Vaccination in the Punjab 1905-1918 - 1905-1918
Year: 1905
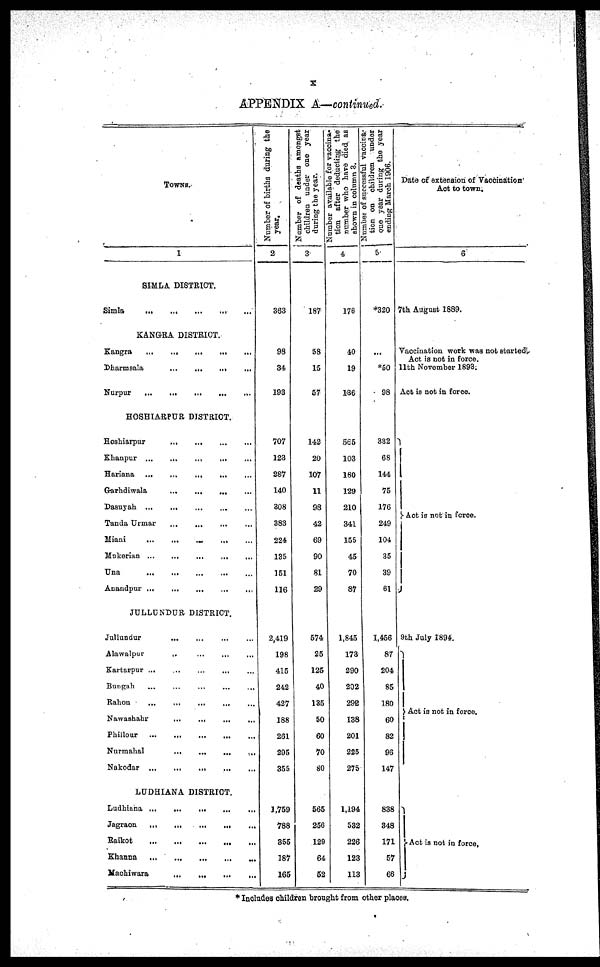
x
APPENDIX A—continued.
TOWNS.
1
SIMLA. DISTRICT.
Simla
...
...
...
...
...
KANGRA DISTRICT.
Kangra
...
...
...
...
...
Dharmsala ... ... ... ... ...
Nurpur
...
...
...
...
...
HOSHIARPUR DISTRICT.
Hoshiarpur
...
...
...
...
Khanpur ... ... ... ... ...
Hariana
...
...
...
...
...
Garhdiwala
...
...
...
...
...
Dasuyah
...
...
...
...
...
Tanda Urmar ... ... ... ... ...
Miani
...
...
...
...
...
Mukerian
...
...
...
...
...
Una
...
...
...
...
...
Anandpur
...
...
...
...
...
JULLUNDUR DISTRICT.
Jullundur ... ... ... ...
Alawalpur ... ... ... ...
Kartarpur ... ... ... ... ...
Bungah ... ... ... ... ...
Rahon
...
...
...
...
...
Nawashahr
...
...
...
...
Phillour
...
...
...
...
...
Nurmahal
...
...
...
...
Nakodar
...
...
...
...
...
LUDHIANA DISTRICT.
Ludhiana
...
...
...
...
...
Jagraon
...
...
...
...
...
Raikot
...
...
...
...
...
Khanna
...
...
...
...
...
Machiwara
...
...
...
...
Number of births during the
year.
2
363
98
34
193
707
123
287
140
308
383
224
135
151
116
2,419
198
415
242
427
188
261
295
355
1,759
788
355
187
165
Number of deaths amongst
children under one year
during the year.
3
187
58
15
57
142
20
107
11
98
42
69
90
81
29
574
25
125
40
135
50
60
70
80
565
256
129
64
52
Number available for vaccina-
tion after deducting the
number who have died as
shown in column 3.
4
176
40
19
186
565
103
180
129
210
341
155
45
70
87
1,845
173
290
202
292
138
201
225
275
1,194
532
226
123
113
Number of successful vaccina-
tion on children under
one year during the year
ending March 1906.
5
*320
...
*50
98
332
68
144
75
176
249
104
35
39
61
1,456
87
204
85
180
60
82
96
147
838
348
171
57
66
Date of extension of Vaccination
Act to town.
6
7th August 1889.
Vaccination work was not started.
Act is not in force.
11th November 1893:
Act is not in force.
Act is not in force.
9th July 1894.
Act is not in force.
Act is not in force.
* Includes children brought from other places.